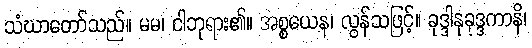
သံဃာတော်သည်။ မမ၊ ငါဘုရား၏။ အစ္စယေန၊ လွန်သဖြင့်။ ခုဒ္ဒါနုခုဒ္ဒကာနိ၊